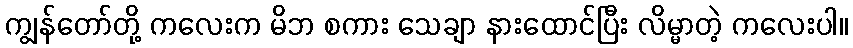
ကျွန်တော်တို့ ကလေးက မိဘ စကား သေချာ နားထောင်ပြီး လိမ္မာတဲ့ ကလေးပါ။